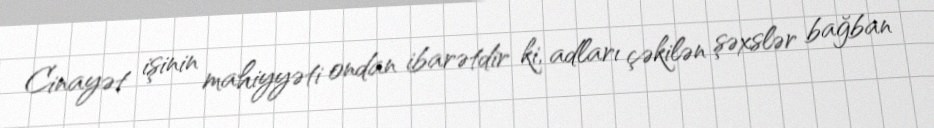
Cinayət işinin mahiyyəti ondan ibarətdir ki, adları çəkilən şəxslər bağban